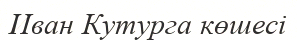
Иван Кутурга көшесі